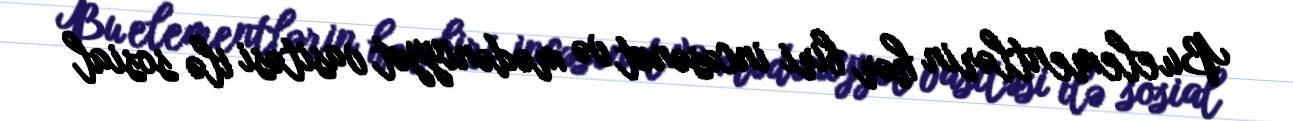
Bu elementlərin hər biri incəsənət və mədəniyyət vasitəsi ilə sosial